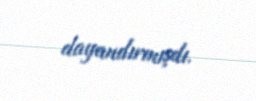
dayandırmışdı.